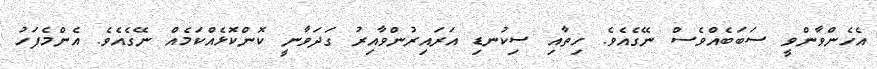
އެހެންވާންވީ ސަބަބެއްވެސް ނޭގެއެވެ. ހިތާއި ސިކުނޑި އަރައިރުންވާއިރު ގަދަވާނީ ކޮންކޮޅެއްކަމެއް ނޭގެއެވެ. އެންމެފަހު